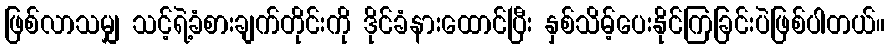
ဖြစ်လာသမျှ သင့်ရဲ့ခံစားချက်တိုင်းကို ဒိုင်ခံနားထောင်ပြီး နှစ်သိမ့်ပေးနိုင်ကြခြင်းပဲဖြစ်ပါတယ်။